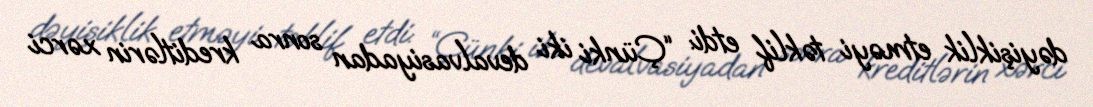
dəyişiklik etməyi təklif etdi: “Çünki iki devalvasiyadan sonra kreditlərin xərci